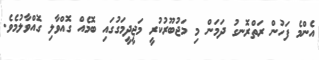
އެންމެ ފަހުން ރަތްރޮނގު ދަމަން މި މަޖުބޫރުކުރީ މަޖީދީމަގުގައި ބޮމެއް ގޮއްވާލި ގޮއްވާލުމެވެ.